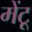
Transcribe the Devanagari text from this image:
मेंटू